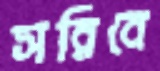
সরিবে